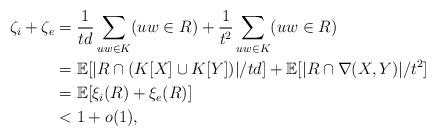
LaTeX: \begin{align*}\zeta_i + \zeta_e &= \frac{1}{td}\sum\limits_{\substack{uw \in K \\ }} (uw \in R) + \frac{1}{t^2}\sum\limits_{\substack{uw \in K \\ }} (uw \in R) \\&= \mathbb{E}[|R \cap (K[X]\cup K[Y])|/td] + \mathbb{E}[|R \cap \nabla(X,Y)|/t^2] \\&= \mathbb{E}[\xi_i(R)+\xi_e(R)] \\&< 1+o(1),\end{align*}